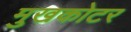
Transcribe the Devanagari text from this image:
मुखकोटर